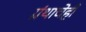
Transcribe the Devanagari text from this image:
ग्रंथाचेही